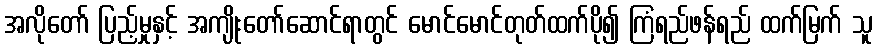
အလိုတော် ပြည့်မှုနှင့် အကျိုးတော်ဆောင်ရာတွင် မောင်မောင်တုတ်ထက်ပို၍ ကြံရည်ဖန်ရည် ထက်မြက် သူ